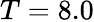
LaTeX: T=8.0